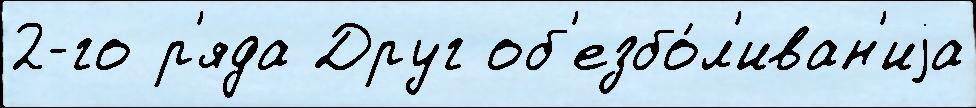
2-го р'яда Друг об'езбо́л'иван'иjа